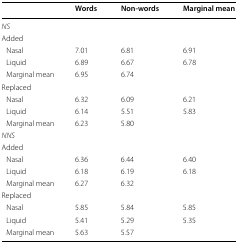
|  | Words | Non-words | Marginal mean |
 | --- | --- | --- | --- |
 | <COLSPAN=4> NS |
 | <COLSPAN=4> Added |
 | Nasal | 7.01 | 6.81 | 6.91 |
 | Liquid | 6.89 | 6.67 | 6.78 |
 | Marginal mean | 6.95 | 6.74 |  |
 | <COLSPAN=4> Replaced |
 | Nasal | 6.32 | 6.09 | 6.21 |
 | Liquid | 6.14 | 5.51 | 5.83 |
 | Marginal mean | 6.23 | 5.80 |  |
 | <COLSPAN=4> NNS |
 | <COLSPAN=4> Added |
 | Nasal | 6.36 | 6.44 | 6.40 |
 | Liquid | 6.18 | 6.19 | 6.18 |
 | Marginal mean | 6.27 | 6.32 |  |
 | <COLSPAN=4> Replaced |
 | Nasal | 5.85 | 5.84 | 5.85 |
 | Liquid | 5.41 | 5.29 | 5.35 |
 | Marginal mean | 5.63 | 5.57 |  |